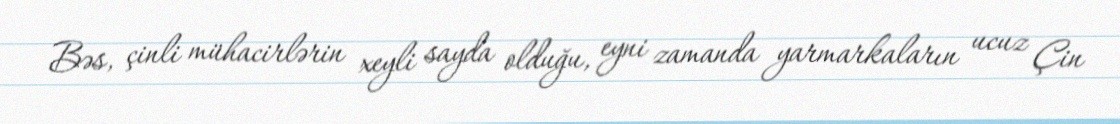
Bəs, çinli mühacirlərin xeyli sayda olduğu, eyni zamanda yarmarkaların ucuz Çin